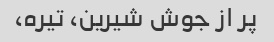
پر از جوش شیرین، تیره،